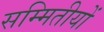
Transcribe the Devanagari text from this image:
सम्मितीयों